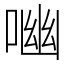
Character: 㗀